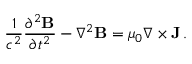
{ \frac { 1 } { c ^ { 2 } } } { \frac { \partial ^ { 2 } \mathbf { B } } { \partial t ^ { 2 } } } - \nabla ^ { 2 } \mathbf { B } = \mu _ { 0 } \nabla \times \mathbf { J } \, .